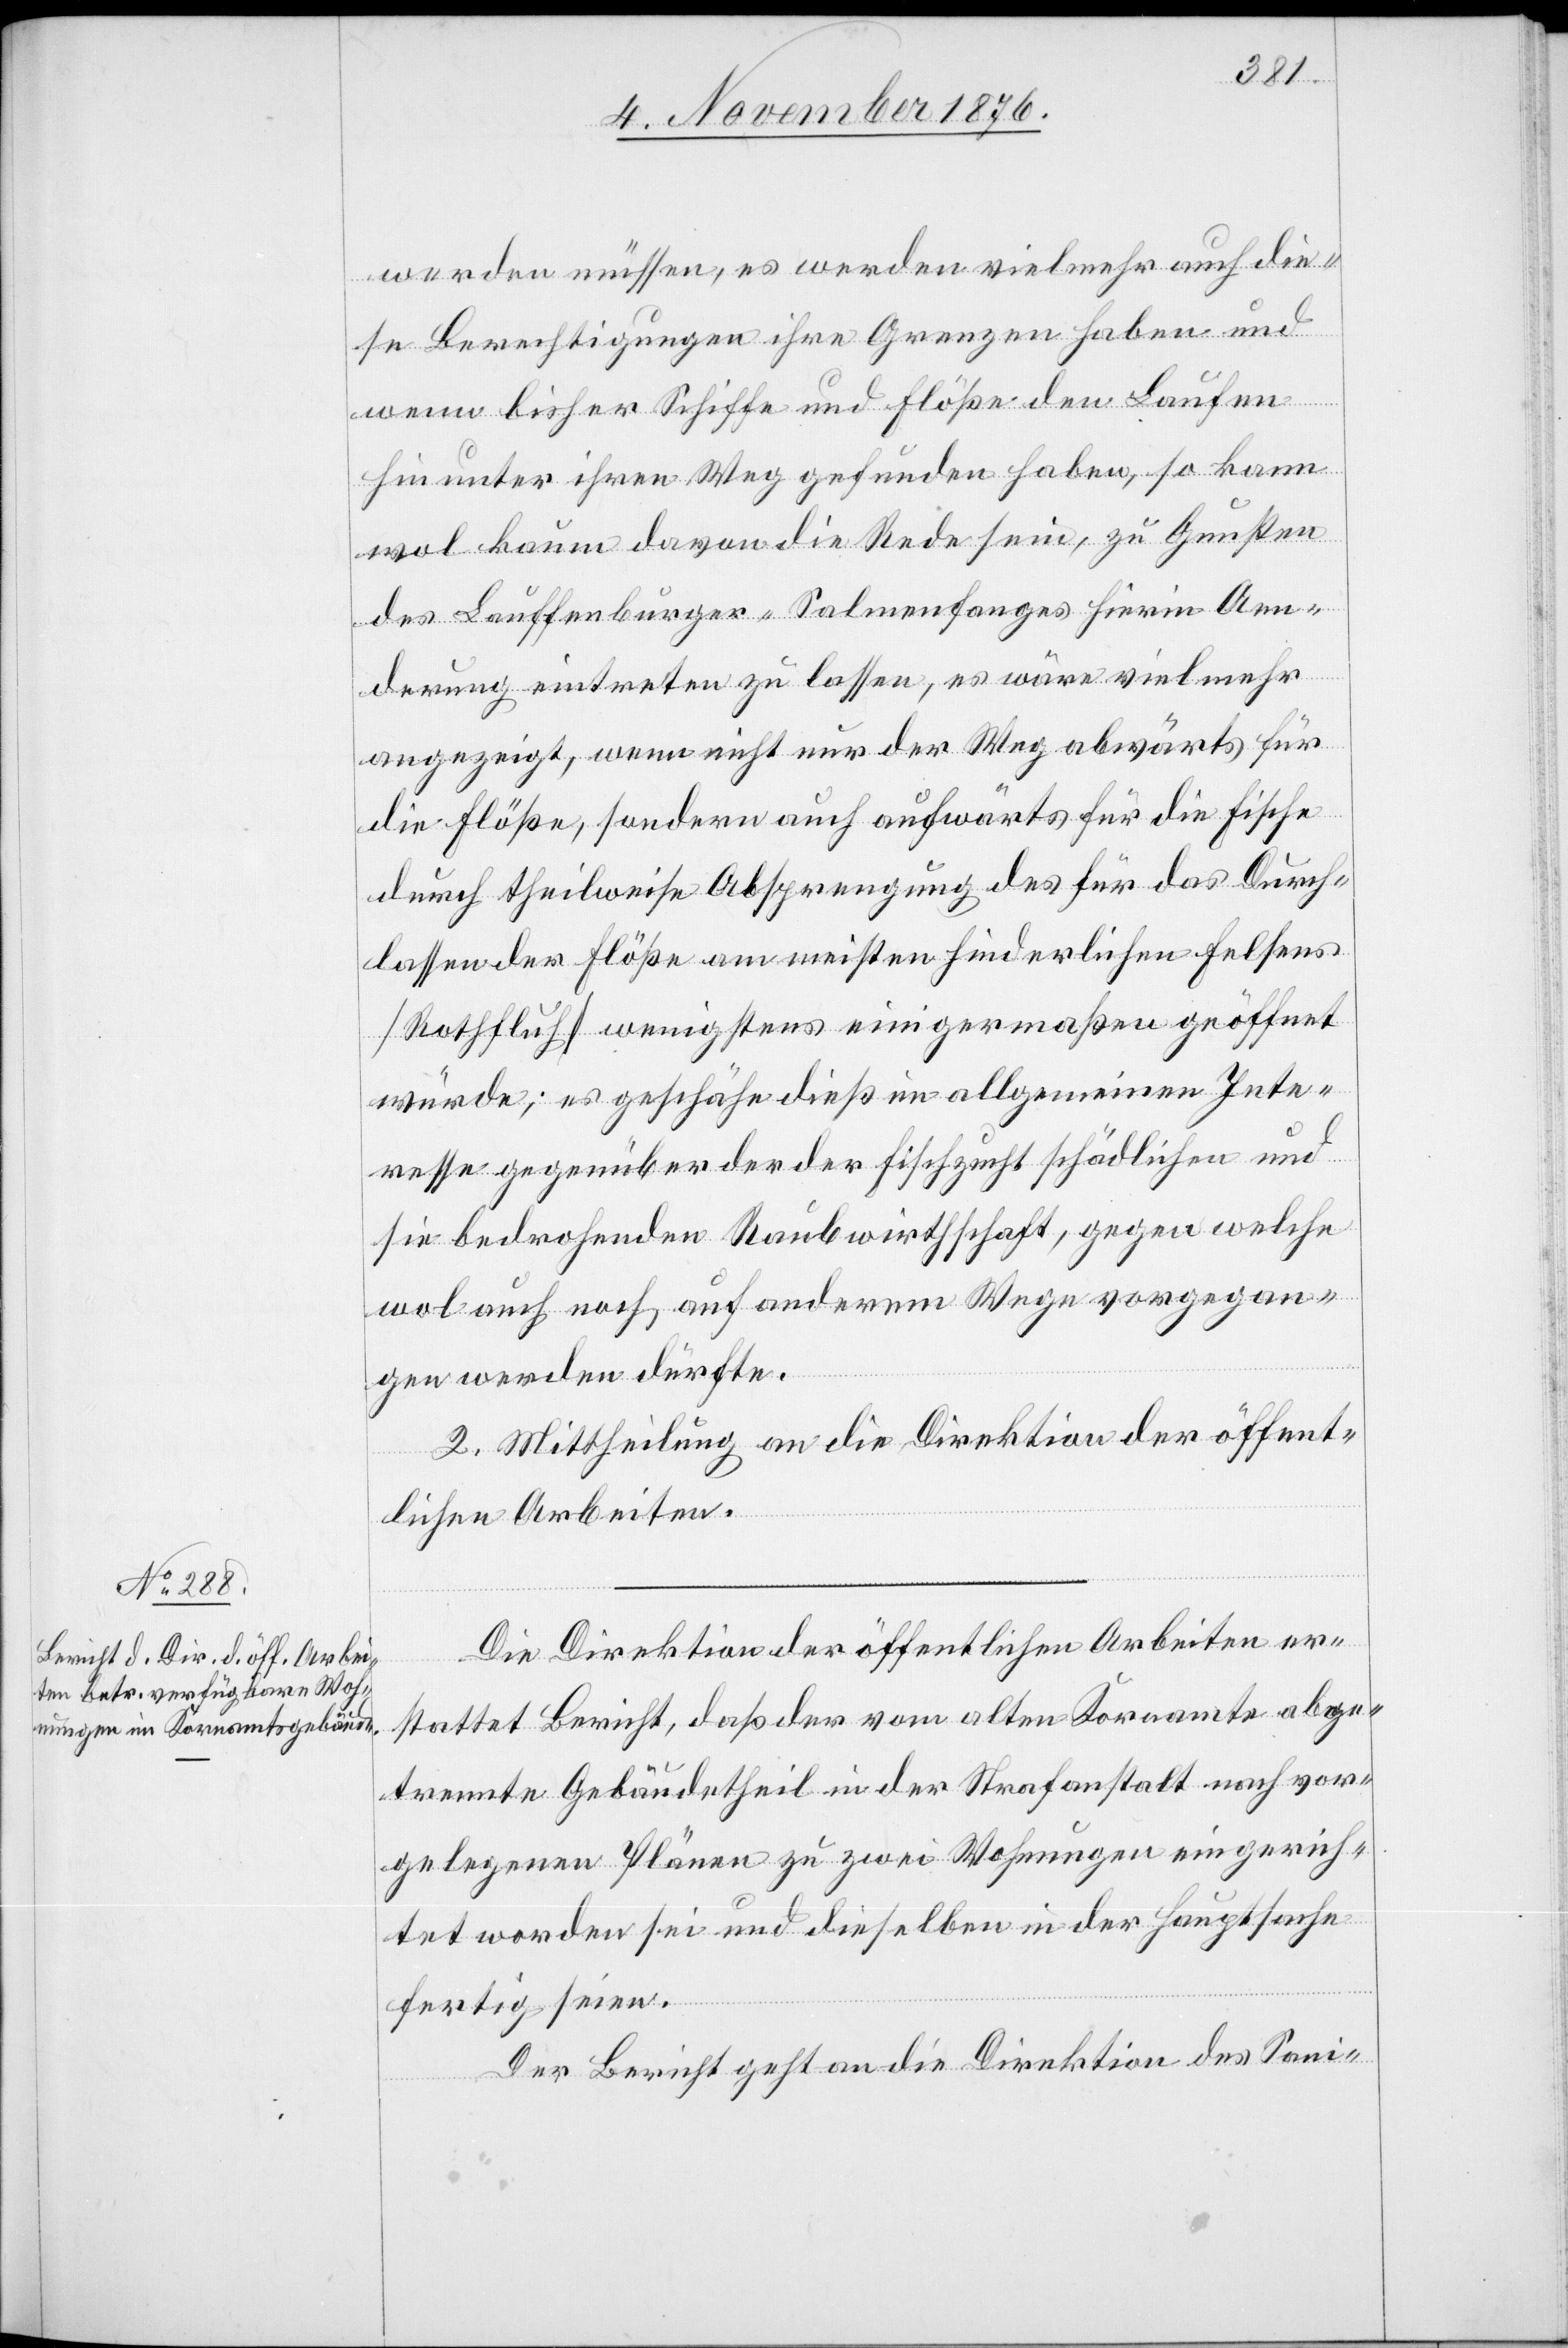
werden müssen, es werden vielmehr auch die¬
se Berechtigungen ihre Grenzen haben und
wenn bisher Schiffe und Flöße den Laufen
hinunter ihren Weg gefunden haben, so kann
wol kaum davon die Rede sein, zu Gunsten
des Lauffenburger-Salmenfanges hierin Aen¬
derungen eintreten zu lassen, es wäre vielmehr
angezeigt, wenn nicht nur der Weg abwärts für
die Flöße, sondern auch aufwärts für die Fische
durch theilweise Absprengung das für das Durch¬
lassen der Flöße am meisten hinderlichen Felsens
[Rothfluh] wenigstens einigermaßen geöffnet
würde; es geschähe dieß im allgemeinen Inte¬
resse gegenüber der der Fischzucht schädlichen und
sie bedrohenden Raubwirtschaft, gegen welche
wol auch noch auf anderem Wege vorgegan¬
gen werden dürfte.
2. Mittheilung an die Direktion der öffent¬
lichen Arbeiten.
Die Direktion der öffentlichen Arbeiten er¬
stattet Bericht, daß der vom alten Kornamte abge¬
trennte Gebäudetheil in der Strafanstalt nach vor¬
gelegenen Plänen zu zwei Wohnungen eingerich¬
tet worden sei und dieselben in der Hauptsache
fertig seien.
Der Bericht geht an die Direktion des Sani-